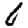
Digit: 6